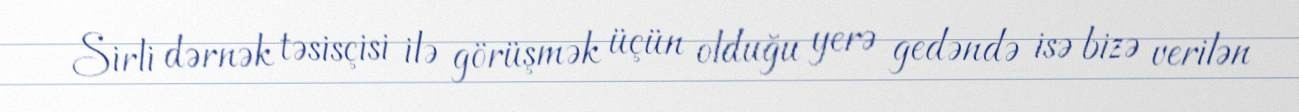
Sirli dərnək təsisçisi ilə görüşmək üçün olduğu yerə gedəndə isə bizə verilən